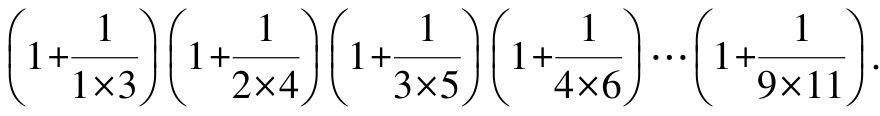
\(\left(1+\frac{1}{1\times3}\right)\left(1+\frac{1}{2\times4}\right)\left(1+\frac{1}{3\times5}\right)\left(1+\frac{1}{4\times6}\right)\cdots\left(1+\frac{1}{9\times11}\right)\)